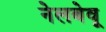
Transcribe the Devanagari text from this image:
नेलबेवू